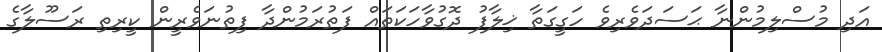
އަދި މުސްލިމުންނާ ޙަސަދަވެރިވެ ހަގީގަތާ ޚިލާފު ދޮގުވާހަކަތައް ފަތުރަމުންދާ ފިތުނަވެރީން ކީރިތި ރަސޫލާގެ